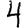
Digit: 4